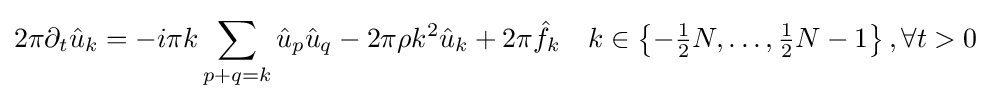
2\pi \partial _{t}{\hat {u}}_{k}=-i\pi k\sum _{p+q=k}{\hat {u}}_{p}{\hat {u}}_{q}-2\pi \rho {}k^{2}{\hat {u}}_{k}+2\pi {\hat {f}}_{k}\quad k\in \left\{-{\tfrac {1}{2}}N,\dots ,{\tfrac {1}{2}}N-1\right\},\forall t>0